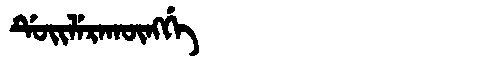
Manchu: ᡩᡠᡳᠯᡝᡵᠠᡴᡡᠩᡤᡝ
Romanization: DUILERAKŪNGGE